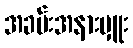
အခမ်းအနားမှူး